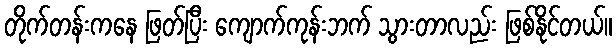
တိုက်တန်းကနေ ဖြတ်ပြီး ကျောက်ကုန်းဘက် သွားတာလည်း ဖြစ်နိုင်တယ်။